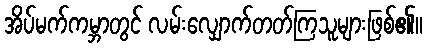
အိပ်မက်ကမ္ဘာတွင် လမ်းလျှောက်တတ်ကြသူများဖြစ်၏။